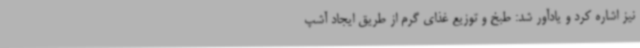
نیز اشاره کرد و یادآور شد: طبخ و توزیع غذای گرم از طریق ایجاد آشپ